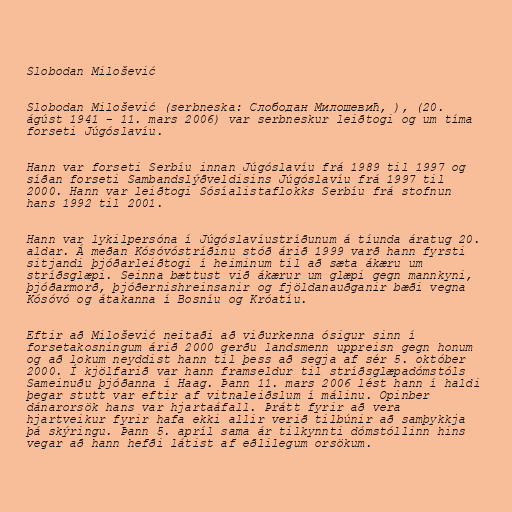
Slobodan Milošević

Slobodan Milošević (serbneska: Слободан Милошевић, ), (20.
ágúst 1941 - 11. mars 2006) var serbneskur leiðtogi og um tíma
forseti Júgóslavíu.

Hann var forseti Serbíu innan Júgóslavíu frá 1989 til 1997 og
síðan forseti Sambandslýðveldisins Júgóslavíu frá 1997 til
2000. Hann var leiðtogi Sósíalistaflokks Serbíu frá stofnun
hans 1992 til 2001.

Hann var lykilpersóna í Júgóslavíustríðunum á tíunda áratug 20.
aldar. Á meðan Kósóvóstríðinu stóð árið 1999 varð hann fyrsti
sitjandi þjóðarleiðtogi í heiminum til að sæta ákæru um
stríðsglæpi. Seinna bættust við ákærur um glæpi gegn mannkyni,
þjóðarmorð, þjóðernishreinsanir og fjöldanauðganir bæði vegna
Kósóvó og átakanna í Bosníu og Króatíu.

Eftir að Milošević neitaði að viðurkenna ósigur sinn í
forsetakosningum árið 2000 gerðu landsmenn uppreisn gegn honum
og að lokum neyddist hann til þess að segja af sér 5. október
2000. Í kjölfarið var hann framseldur til stríðsglæpadómstóls
Sameinuðu þjóðanna í Haag. Þann 11. mars 2006 lést hann í haldi
þegar stutt var eftir af vitnaleiðslum í málinu. Opinber
dánarorsök hans var hjartaáfall. Þrátt fyrir að vera
hjartveikur fyrir hafa ekki allir verið tilbúnir að samþykkja
þá skýringu. Þann 5. apríl sama ár tilkynnti dómstóllinn hins
vegar að hann hefði látist af eðlilegum orsökum.